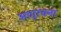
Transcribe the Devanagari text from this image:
अणुरचना